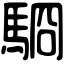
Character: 䮐